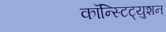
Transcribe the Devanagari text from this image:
कॉन्स्टिट्युशन